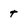
Character: t